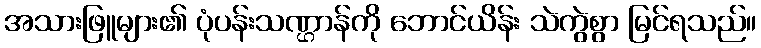
အသားဖြူများ၏ ပုံပန်းသဏ္ဌာန်ကို ဘောင်ယိန်း သဲကွဲစွာ မြင်ရသည်။